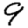
Digit: 9